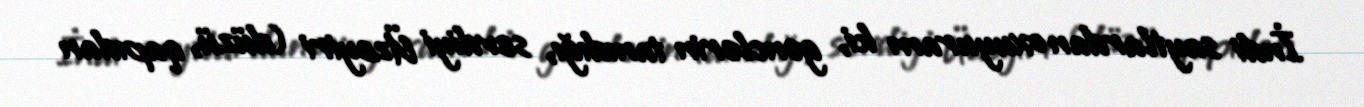
İndi saytlardan oxuyuram ki, gənclərin tanıdığı, sevdiyi Üzeyiri (düzü, qapıdan